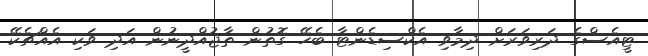
ޓީއެސްގެ ދަރިވަރަށް ދިމާވި އެކްސިޑެންޓާ ބެހޭ ގޮތުން ތާޖުއްދީނުން އަދި ވަކި އެއްޗެކޭ